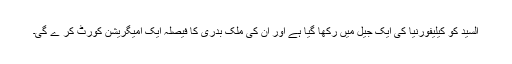
السید کو کیلیفورنیا کی ایک جیل میں رکھا گیا ہے اور ان کی ملک بدری کا فیصلہ ایک امیگریشن کورٹ کر ے گی۔